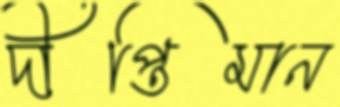
দীপ্তিমান